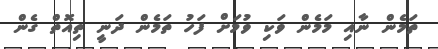
ތަމެން ނާއި މަމެން ވަކި ވުމަށް ފަހު ތަމެން ދަނީ ތިއޮތް ގެން